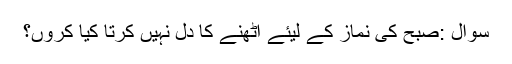
سوال :صبح کی نماز کے لیئے اٹھنے کا دل نہیں کرتا کیا کروں؟